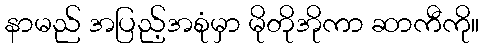
နာမည် အပြည့်အစုံမှာ မိုတိုအိုကာ ဆာကီကို။